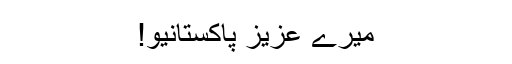
میرے عزیز پاکستانیو!